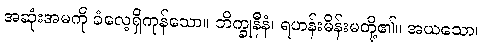
အဆုံးအမကို ခံလေ့ရှိကုန်သော။ ဘိက္ခုနီနံ၊ ရဟန်းမိန်းမတို့၏။ အယသော၊